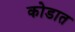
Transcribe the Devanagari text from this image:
कोडात